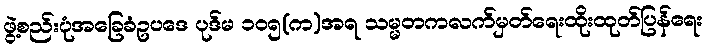
ဖွဲ့စည်းပုံအခြေခံဥပဒေ ပုဒ်မ ၁၀၅(က)အရ သမ္မတကလက်မှတ်ရေးထိုးထုတ်ပြန်ရေး